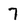
Character: 7